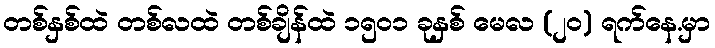
တစ်နှစ်ထဲ တစ်လထဲ တစ်ချိန်ထဲ ၁၅၀၁ ခုနှစ် မေလ (၂၀) ရက်နေ.မှာ